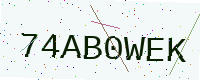
Text: 74AB0WEK